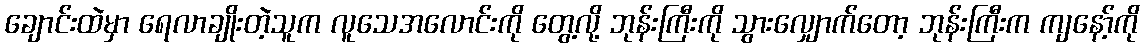
ချောင်းထဲမှာ ရေလာချိုးတဲ့သူက လူသေအလောင်းကို တွေ့လို့ ဘုန်းကြီးကို သွားလျှောက်တော့ ဘုန်းကြီးက ကျနော့်ကို